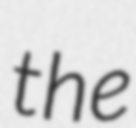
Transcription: the